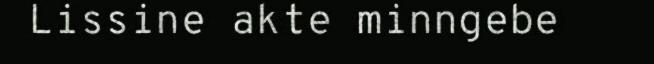
Lissine akte minngebe